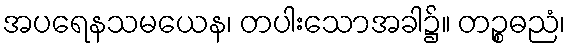
အပရေနသမယေန၊ တပါးသောအခါ၌။ တဉ္စဓညံ၊